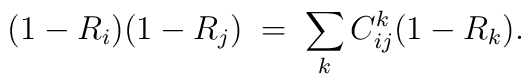
(1 - R_i)(1 - R_j) \; = \;\sum_k C_{ij}^k (1 - R_k).